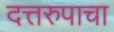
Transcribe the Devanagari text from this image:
दत्तरुपाचा